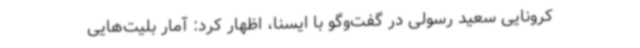
کرونایی سعید رسولی در گفت‌وگو با ایسنا، اظهار کرد: آمار بلیت‌هایی